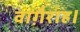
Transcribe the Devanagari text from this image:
वाग़ैराह।